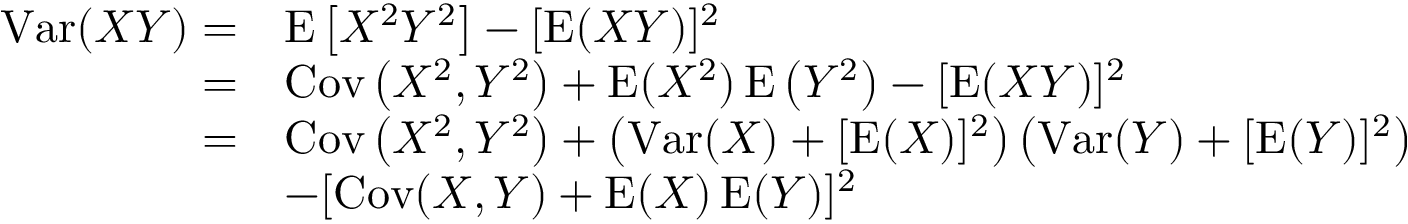
{ \begin{array} { r l } { \operatorname { V a r } ( X Y ) = } & { \operatorname { E } \left[ X ^ { 2 } Y ^ { 2 } \right] - [ \operatorname { E } ( X Y ) ] ^ { 2 } } \\ { = } & { \operatorname { C o v } \left( X ^ { 2 } , Y ^ { 2 } \right) + \operatorname { E } ( X ^ { 2 } ) \operatorname { E } \left( Y ^ { 2 } \right) - [ \operatorname { E } ( X Y ) ] ^ { 2 } } \\ { = } & { \operatorname { C o v } \left( X ^ { 2 } , Y ^ { 2 } \right) + \left( \operatorname { V a r } ( X ) + [ \operatorname { E } ( X ) ] ^ { 2 } \right) \left( \operatorname { V a r } ( Y ) + [ \operatorname { E } ( Y ) ] ^ { 2 } \right) } \\ & { - [ \operatorname { C o v } ( X , Y ) + \operatorname { E } ( X ) \operatorname { E } ( Y ) ] ^ { 2 } } \end{array} }